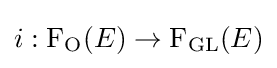
i:{\mathrm {F} }_{\mathrm {O} }(E)\to {\mathrm {F} }_{\mathrm {GL} }(E)